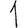
Digit: 1